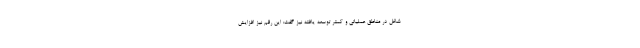
شاغل در مناطق عملیاتی و کمتر توسعه یافته نیز گفت: این رقم نیز افزایش